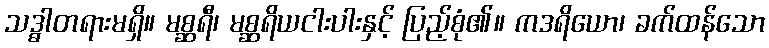
သဒ္ဓါတရားမရှိ။ မစ္ဆရီ၊ မစ္ဆရိယငါးပါးနှင့် ပြည့်စုံ၏။ ကဒရိယော၊ ခက်ထန်သော